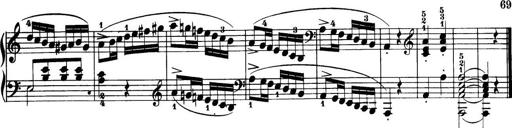
Title: 32 Sonatinas and Rondos for the Piano
Composer: Richard Kleinmichel